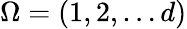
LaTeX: \Omega=(1,2,\ldots d)